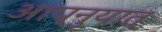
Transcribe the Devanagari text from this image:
आप्नुयात्